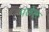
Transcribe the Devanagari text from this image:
पलेल